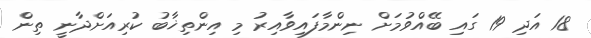
18 އަދި 19 ގައި ބޭއްވުމަށް ނިންމާފައިވާއިރު މި އިންތިޚާބު ކުރިއަށްދާނީ ތިން